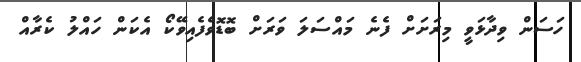
ހަސަން ވިދާޅަވީ މިރަށަށް ފެނެ މައްސަލަ ވަރަށް ބޮޑޮވެފެއިވޭކޯ އެކަން ހައްލު ކެރާއް